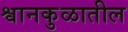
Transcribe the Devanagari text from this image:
श्वानकुळातील